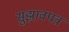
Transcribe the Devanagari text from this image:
सुझावपत्र